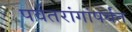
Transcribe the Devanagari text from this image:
पर्वतरांगांपर्यंत